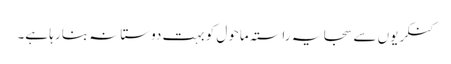
کنکریوں سے سجا یہ راستہ ماحول کو بہت دوستانہ بنا رہا ہے۔